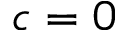
c = 0